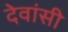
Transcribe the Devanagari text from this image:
देवांसी